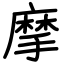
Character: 摩